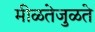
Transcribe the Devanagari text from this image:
मीळतेजुळते